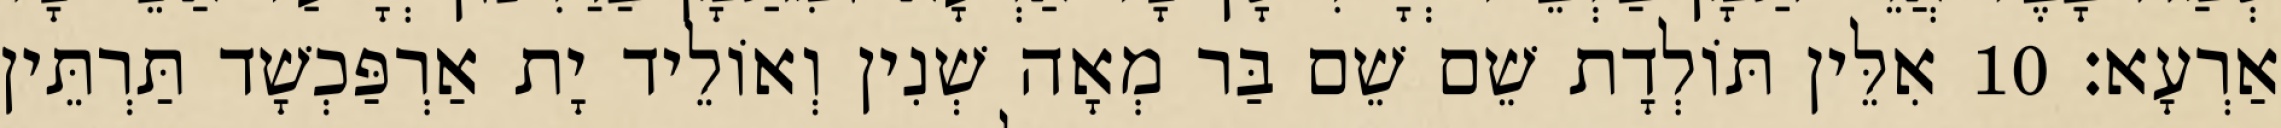
אַרְעָא׃ 10 אִלֵּין תּוֹלְדָת שֵׁם שֵׁם בַּר מְאָה שְׁנִין וְאוֹלֵיד יָת אַרְפַּכְשָׁד תַּרְתֵּין